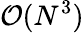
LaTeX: \mathcal{O}(N^{3})